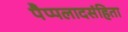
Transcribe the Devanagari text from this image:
पैप्पलादसंहिता